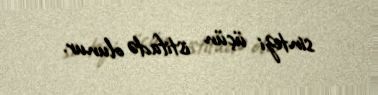
sintezi üçün istifadə olunur.